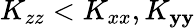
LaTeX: K_{zz}<K_{xx},K_{\mathbf{y}\mathbf{y}}